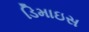
ડિમાઇસ